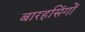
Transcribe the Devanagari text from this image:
बारहसिंगों